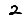
Digit: 2